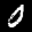
Label: 0